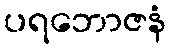
ပရဘောဇနံ